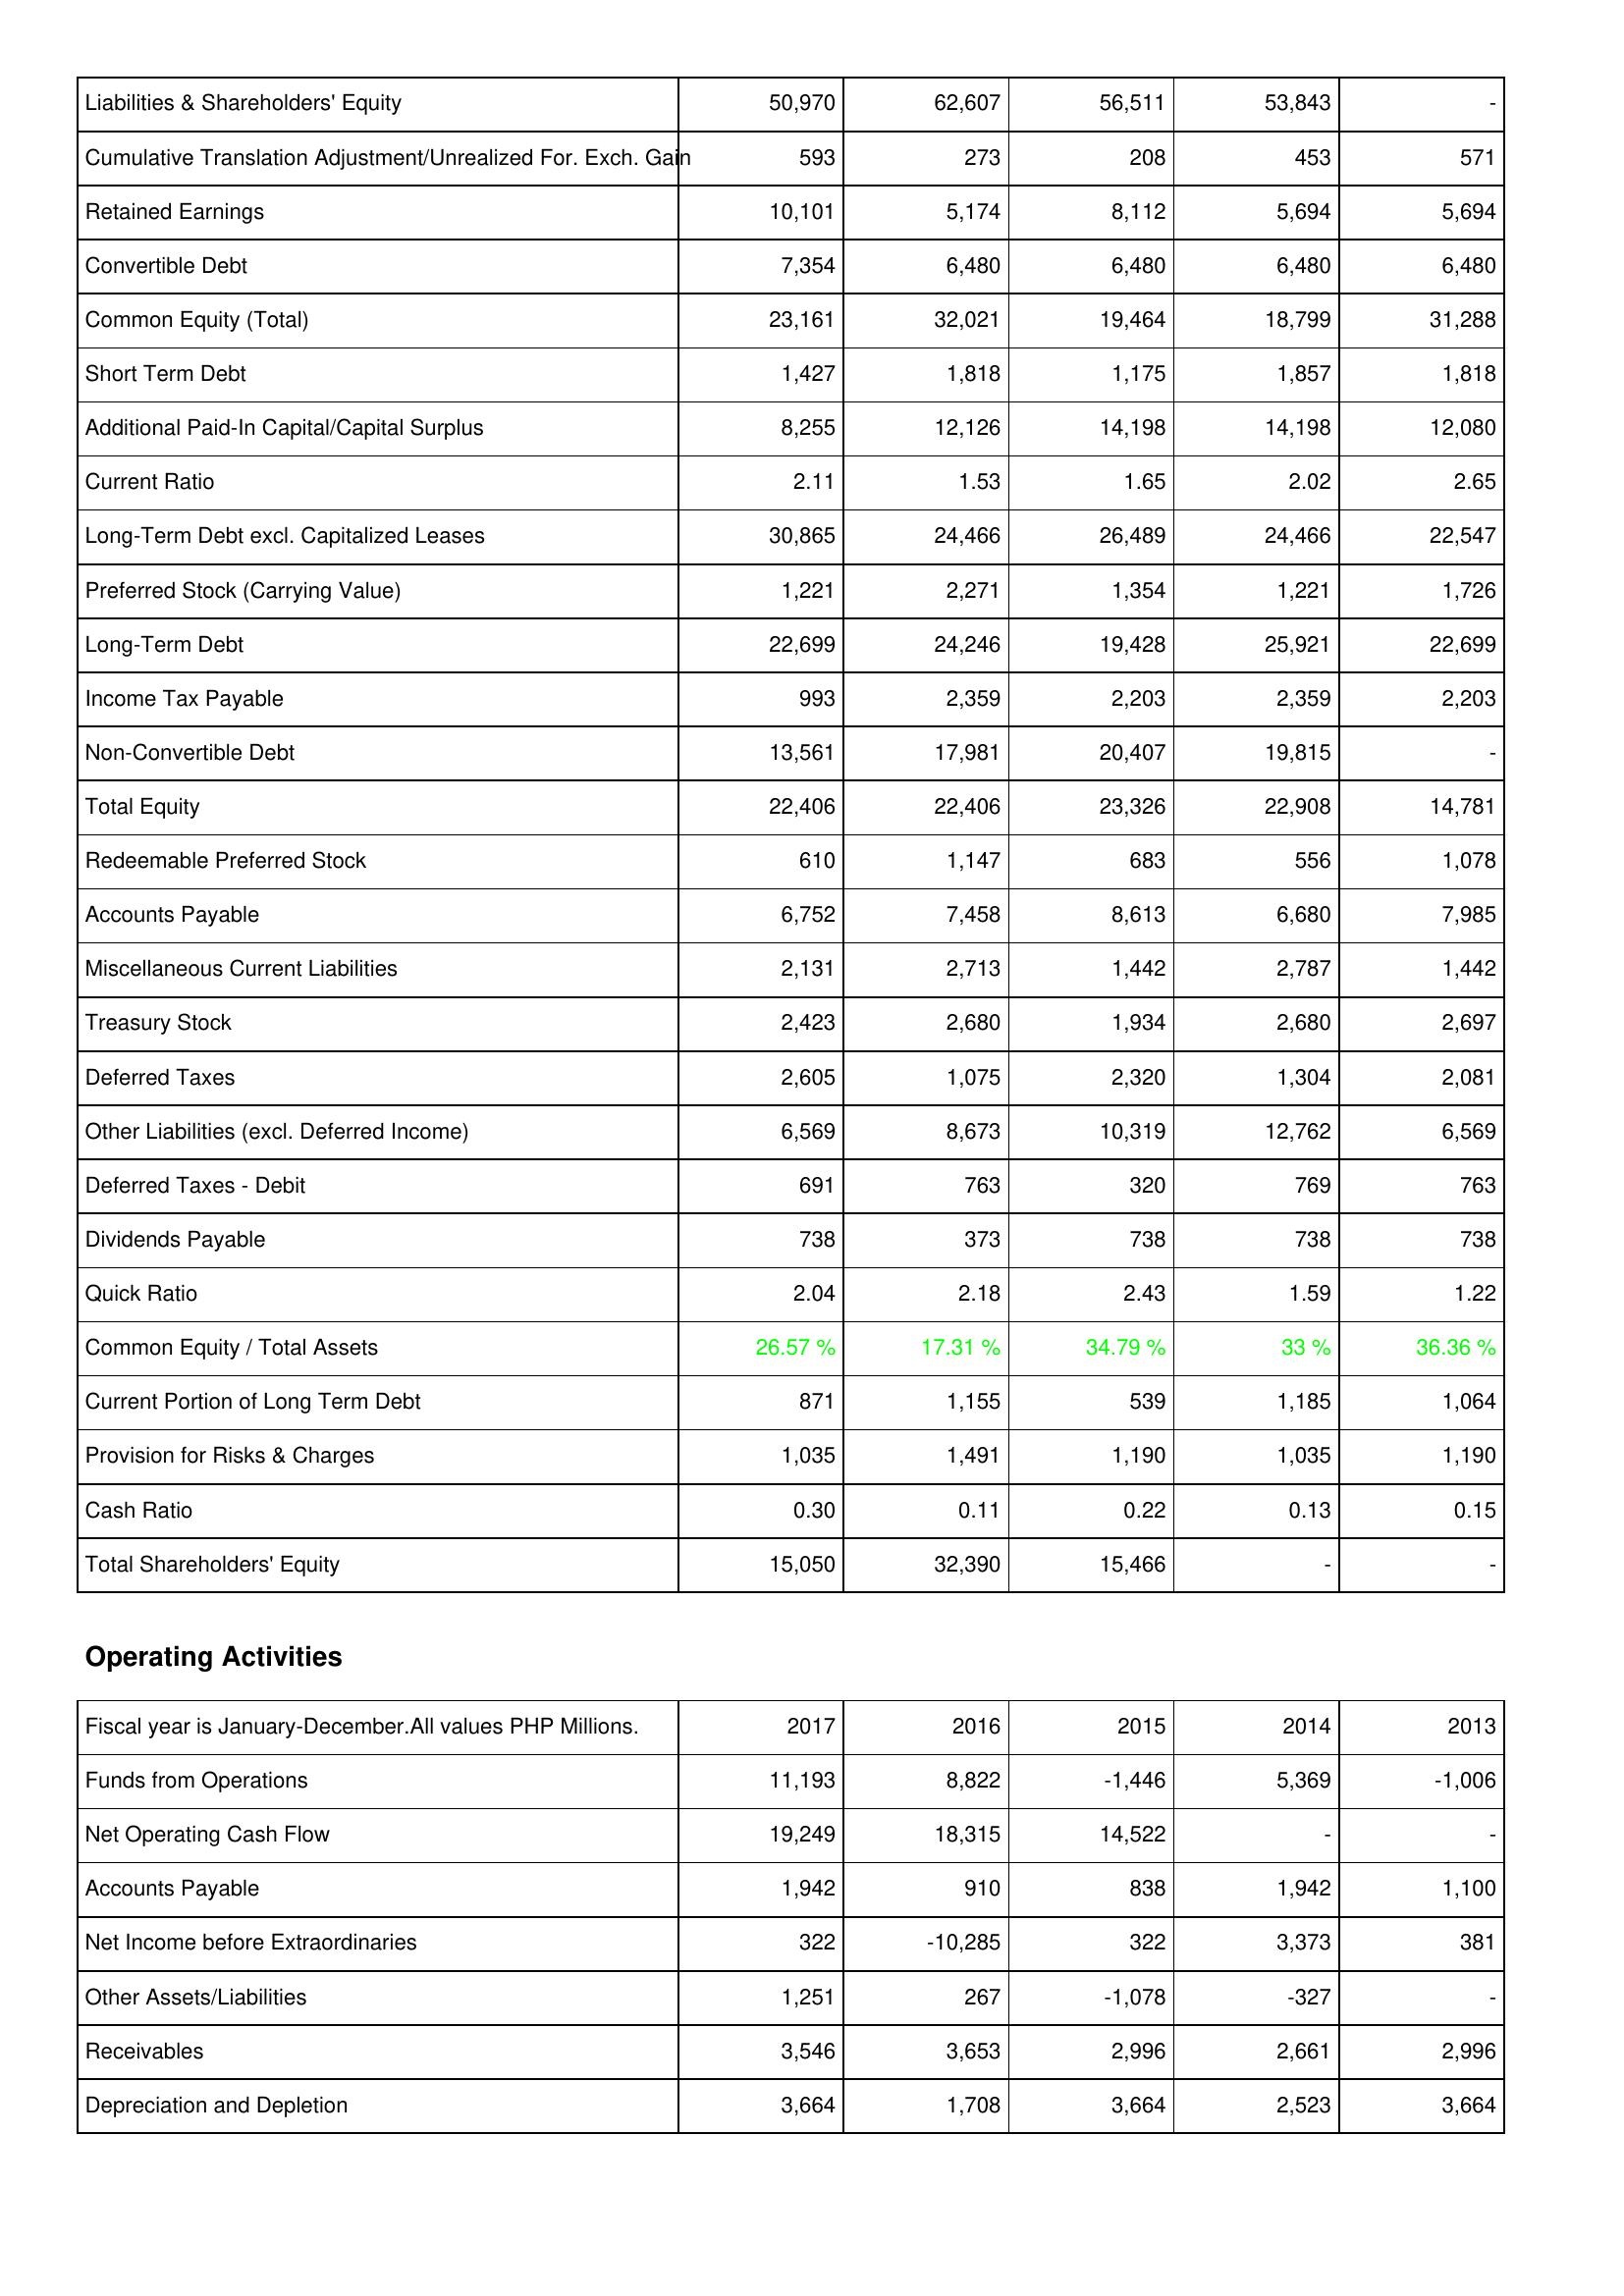
2017: Liabilities & Shareholders' Equity: Liabilities & Shareholders' Equity: 50,970
Cumulative Translation Adjustment/Unrealized For. Exch. Gain: 593
Retained Earnings: 10,101
Convertible Debt: 7,354
Common Equity (Total): 23,161
Short Term Debt: 1,427
Additional Paid-In Capital/Capital Surplus: 8,255
Current Ratio: 2.11
Long-Term Debt excl. Capitalized Leases: 30,865
Preferred Stock (Carrying Value): 1,221
Long-Term Debt: 22,699
Income Tax Payable: 993
Non-Convertible Debt: 13,561
Total Equity: 22,406
Redeemable Preferred Stock: 610
Accounts Payable: 6,752
Miscellaneous Current Liabilities: 2,131
Treasury Stock: 2,423
Deferred Taxes: 2,605
Other Liabilities (excl. Deferred Income): 6,569
Deferred Taxes - Debit: 691
Dividends Payable: 738
Quick Ratio: 2.04
Common Equity / Total Assets: 26.57 %
Current Portion of Long Term Debt: 871
Provision for Risks & Charges: 1,035
Cash Ratio: 0.30
Total Shareholders' Equity: 15,050
Operating Activities: Funds from Operations: 11,193
Net Operating Cash Flow: 19,249
Accounts Payable: 1,942
Net Income before Extraordinaries: 322
Other Assets/Liabilities: 1,251
Receivables: 3,546
Depreciation and Depletion: 3,664
2016: Liabilities & Shareholders' Equity: Liabilities & Shareholders' Equity: 62,607
Cumulative Translation Adjustment/Unrealized For. Exch. Gain: 273
Retained Earnings: 5,174
Convertible Debt: 6,480
Common Equity (Total): 32,021
Short Term Debt: 1,818
Additional Paid-In Capital/Capital Surplus: 12,126
Current Ratio: 1.53
Long-Term Debt excl. Capitalized Leases: 24,466
Preferred Stock (Carrying Value): 2,271
Long-Term Debt: 24,246
Income Tax Payable: 2,359
Non-Convertible Debt: 17,981
Total Equity: 22,406
Redeemable Preferred Stock: 1,147
Accounts Payable: 7,458
Miscellaneous Current Liabilities: 2,713
Treasury Stock: 2,680
Deferred Taxes: 1,075
Other Liabilities (excl. Deferred Income): 8,673
Deferred Taxes - Debit: 763
Dividends Payable: 373
Quick Ratio: 2.18
Common Equity / Total Assets: 17.31 %
Current Portion of Long Term Debt: 1,155
Provision for Risks & Charges: 1,491
Cash Ratio: 0.11
Total Shareholders' Equity: 32,390
Operating Activities: Funds from Operations: 8,822
Net Operating Cash Flow: 18,315
Accounts Payable: 910
Net Income before Extraordinaries: -10,285
Other Assets/Liabilities: 267
Receivables: 3,653
Depreciation and Depletion: 1,708
2015: Liabilities & Shareholders' Equity: Liabilities & Shareholders' Equity: 56,511
Cumulative Translation Adjustment/Unrealized For. Exch. Gain: 208
Retained Earnings: 8,112
Convertible Debt: 6,480
Common Equity (Total): 19,464
Short Term Debt: 1,175
Additional Paid-In Capital/Capital Surplus: 14,198
Current Ratio: 1.65
Long-Term Debt excl. Capitalized Leases: 26,489
Preferred Stock (Carrying Value): 1,354
Long-Term Debt: 19,428
Income Tax Payable: 2,203
Non-Convertible Debt: 20,407
Total Equity: 23,326
Redeemable Preferred Stock: 683
Accounts Payable: 8,613
Miscellaneous Current Liabilities: 1,442
Treasury Stock: 1,934
Deferred Taxes: 2,320
Other Liabilities (excl. Deferred Income): 10,319
Deferred Taxes - Debit: 320
Dividends Payable: 738
Quick Ratio: 2.43
Common Equity / Total Assets: 34.79 %
Current Portion of Long Term Debt: 539
Provision for Risks & Charges: 1,190
Cash Ratio: 0.22
Total Shareholders' Equity: 15,466
Operating Activities: Funds from Operations: -1,446
Net Operating Cash Flow: 14,522
Accounts Payable: 838
Net Income before Extraordinaries: 322
Other Assets/Liabilities: -1,078
Receivables: 2,996
Depreciation and Depletion: 3,664
2014: Liabilities & Shareholders' Equity: Liabilities & Shareholders' Equity: 53,843
Cumulative Translation Adjustment/Unrealized For. Exch. Gain: 453
Retained Earnings: 5,694
Convertible Debt: 6,480
Common Equity (Total): 18,799
Short Term Debt: 1,857
Additional Paid-In Capital/Capital Surplus: 14,198
Current Ratio: 2.02
Long-Term Debt excl. Capitalized Leases: 24,466
Preferred Stock (Carrying Value): 1,221
Long-Term Debt: 25,921
Income Tax Payable: 2,359
Non-Convertible Debt: 19,815
Total Equity: 22,908
Redeemable Preferred Stock: 556
Accounts Payable: 6,680
Miscellaneous Current Liabilities: 2,787
Treasury Stock: 2,680
Deferred Taxes: 1,304
Other Liabilities (excl. Deferred Income): 12,762
Deferred Taxes - Debit: 769
Dividends Payable: 738
Quick Ratio: 1.59
Common Equity / Total Assets: 33 %
Current Portion of Long Term Debt: 1,185
Provision for Risks & Charges: 1,035
Cash Ratio: 0.13
Total Shareholders' Equity: -
Operating Activities: Funds from Operations: 5,369
Net Operating Cash Flow: -
Accounts Payable: 1,942
Net Income before Extraordinaries: 3,373
Other Assets/Liabilities: -327
Receivables: 2,661
Depreciation and Depletion: 2,523
2013: Liabilities & Shareholders' Equity: Liabilities & Shareholders' Equity: -
Cumulative Translation Adjustment/Unrealized For. Exch. Gain: 571
Retained Earnings: 5,694
Convertible Debt: 6,480
Common Equity (Total): 31,288
Short Term Debt: 1,818
Additional Paid-In Capital/Capital Surplus: 12,080
Current Ratio: 2.65
Long-Term Debt excl. Capitalized Leases: 22,547
Preferred Stock (Carrying Value): 1,726
Long-Term Debt: 22,699
Income Tax Payable: 2,203
Non-Convertible Debt: -
Total Equity: 14,781
Redeemable Preferred Stock: 1,078
Accounts Payable: 7,985
Miscellaneous Current Liabilities: 1,442
Treasury Stock: 2,697
Deferred Taxes: 2,081
Other Liabilities (excl. Deferred Income): 6,569
Deferred Taxes - Debit: 763
Dividends Payable: 738
Quick Ratio: 1.22
Common Equity / Total Assets: 36.36 %
Current Portion of Long Term Debt: 1,064
Provision for Risks & Charges: 1,190
Cash Ratio: 0.15
Total Shareholders' Equity: -
Operating Activities: Funds from Operations: -1,006
Net Operating Cash Flow: -
Accounts Payable: 1,100
Net Income before Extraordinaries: 381
Other Assets/Liabilities: -
Receivables: 2,996
Depreciation and Depletion: 3,664